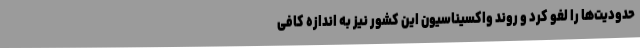
حدودیت‌ها را لغو کرد و روند واکسیناسیون این کشور نیز به اندازه کافی